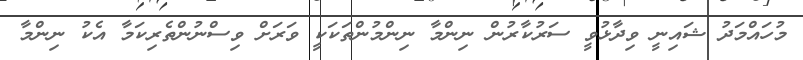
މުހައްމަދު ޝައިނީ ވިދާޅުވީ ސަރުކާރުން ނިންމާ ނިންމުންތަކަކީ ވަރަށް ވިސްނުންތެރިކަމާ އެކު ނިންމާ